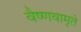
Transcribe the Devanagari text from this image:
वैष्णवामृते